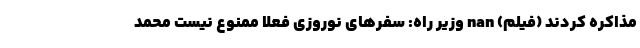
مذاکره کردند (فیلم) nan وزیر راه: سفرهای نوروزی فعلا ممنوع نیست محمد